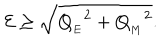
{ \cal E } \geq \sqrt { { Q _ { _ { E } } } ^ { 2 } + { Q _ { _ { M } } } ^ { 2 } } .